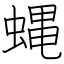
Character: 蝿